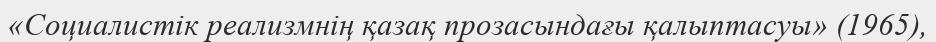
«Социалистік реализмнің қазақ прозасындағы қалыптасуы» (1965),